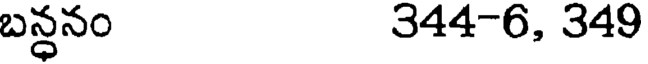
బన్ధనం 344-6, 349